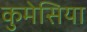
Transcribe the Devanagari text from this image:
कुमेसिया